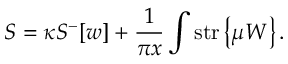
S = \kappa { \cal S } ^ { - } [ w ] + \frac { 1 } { \pi x } \int \mathrm { s t r } \left\{ \mu W \right\} .